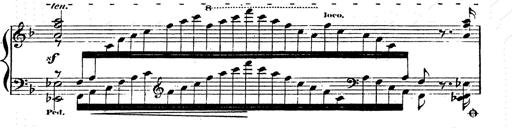
Title: Franz Schuberts geistliche Lieder
Composer: Franz Liszt